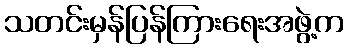
သတင်းမှန်ပြန်ကြားရေးအဖွဲ့က